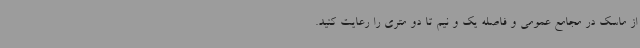
از ماسک در مجامع عمومی و فاصله یک و نیم تا دو متری را رعایت کنید.